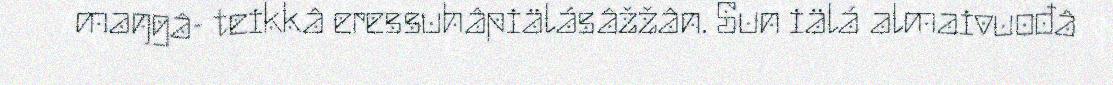
maŋgâ- teikkâ eressuhâpiälásâžžân. Sun iälá almaivuođâ